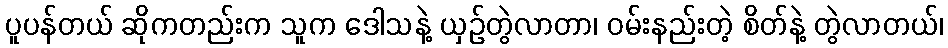
ပူပန်တယ် ဆိုကတည်းက သူက ဒေါသနဲ့ ယှဉ်တွဲလာတာ၊ ဝမ်းနည်းတဲ့ စိတ်နဲ့ တွဲလာတယ်၊